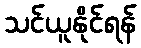
သင်ယူနိုင်ရန်